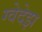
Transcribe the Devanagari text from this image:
ग्वेदेझ